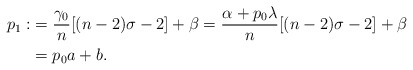
\begin{align*} p_1 :&=\frac{\gamma_0}{n}[(n-2)\sigma-2]+\beta=\frac{\alpha+p_0 \lambda}{n} [(n-2)\sigma-2]+\beta\\ &=p_0 a+b. \end{align*}